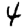
Digit: 4